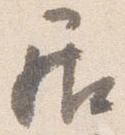
居